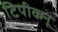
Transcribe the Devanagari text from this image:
टिपीकनू